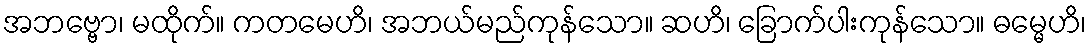
အဘဗ္ဗော၊ မထိုက်။ ကတမေဟိ၊ အဘယ်မည်ကုန်သော။ ဆဟိ၊ ခြောက်ပါးကုန်သော။ ဓမ္မေဟိ၊